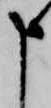
申